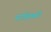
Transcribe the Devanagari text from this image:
मास्तिष्की